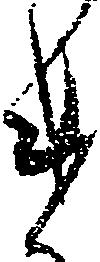
け